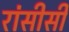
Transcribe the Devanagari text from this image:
रांसीसी